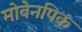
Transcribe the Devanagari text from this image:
मोवेनपिक